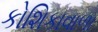
કોશિકાવાળા